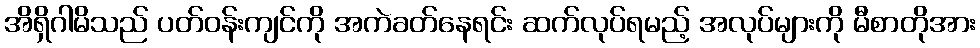
အိရှိဂါမိသည် ပတ်ဝန်းကျင်ကို အကဲခတ်နေရင်း ဆက်လုပ်ရမည့် အလုပ်များကို မီစာတိုအား